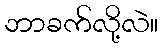
ဘာခက်လို့လဲ။